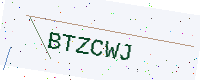
Text: BTZCWJ